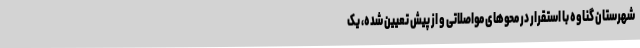
شهرستان گناوه با استقرار در محوهای مواصلاتی و از پیش تعیین شده، یک